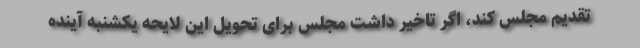
تقدیم مجلس کند، اگر تاخیر داشت مجلس برای تحویل این لایحه یکشنبه آینده